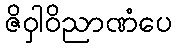
ဇိဝှါဝိညာဏံပေ